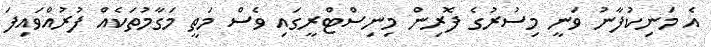
އެެ މަނިކުފާނު ވަނީ މިސުރުގެ ފޮރިން މިނިސްޓްރީގައި ވެސް މަތީ މަގާމުތަކެއް ފުރުއްވައިފަ